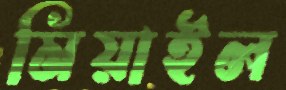
মিয়াইল